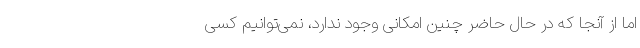
اما از آنجا که در حال حاضر چنین امکانی وجود ندارد، نمی‌توانیم کسی